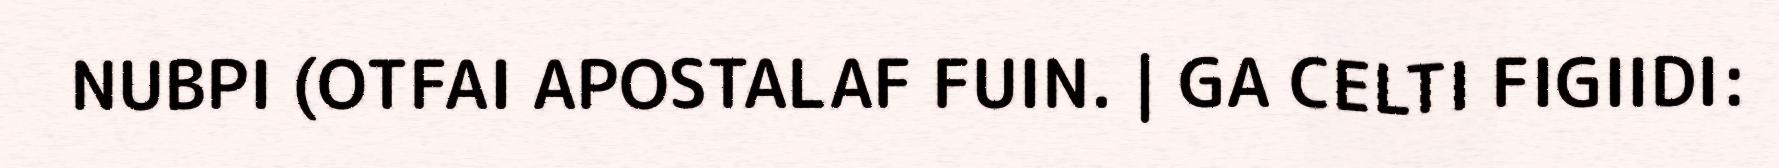
NUBPI (OTFAI APOSTALAF FUIN. | GA CELTI FIGIIDI: